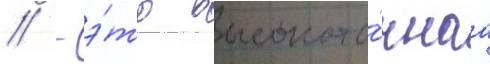
// - э́то высокото́чнаа